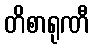
တိစာရုဏီ